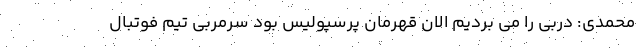
محمدی: دربی را می بردیم الان قهرمان پرسپولیس بود سرمربی تیم فوتبال